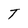
Character: T